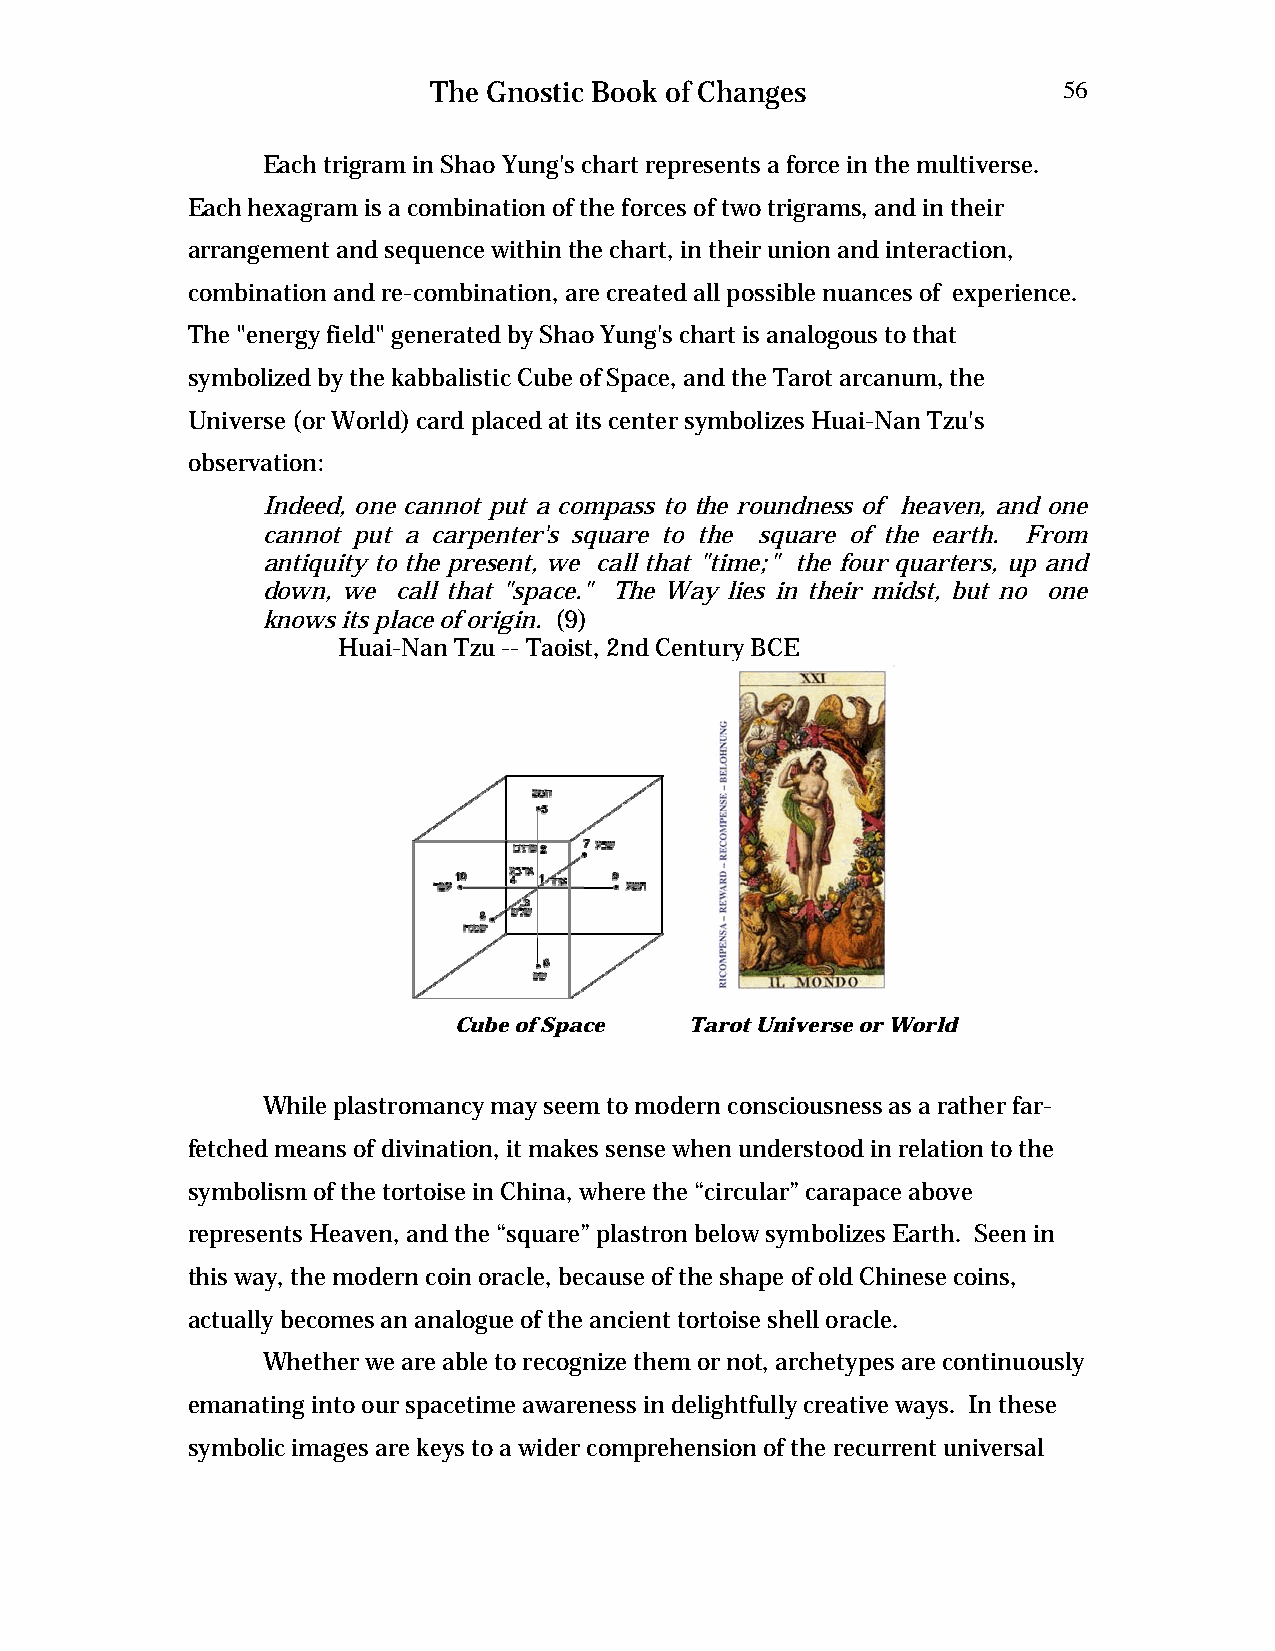
The Gnostic Book of Changes              56
 Each trigram in Shao Yung's chart represents a force in the multiverse.
 Each hexagram is a combination of the forces of two trigrams, and in their
 arrangement and sequence within the chart, in their union and interaction,
 combination and re-combination, are created all possible nuances of experience.
 The "energy field" generated by Shao Yung's chart is analogous to that
 symbolized by the kabbalistic Cube of Space, and the Tarot arcanum, the
 Universe (or World) card placed at its center symbolizes Huai-Nan Tzu's
 observation:
 Indeed, one cannot put a compass to the roundness of heaven, and one
 cannot put a carpenter's square to the square of the earth. From
 antiquity to the present, we call that "time;" the four quarters, up and
 down, we call that "space." The Way lies in their midst, but no one
 knows its place of origin. (9)
 Huai-Nan Tzu -- Taoist, 2nd Century BCE
 Cube of Space   Tarot Universe or World
 While plastromancy may seem to modern consciousness as a rather far-
 fetched means of divination, it makes sense when understood in relation to the
 symbolism of the tortoise in China, where the “circular” carapace above
 represents Heaven, and the “square” plastron below symbolizes Earth. Seen in
 this way, the modern coin oracle, because of the shape of old Chinese coins,
 actually becomes an analogue of the ancient tortoise shell oracle.
 Whether we are able to recognize them or not, archetypes are continuously
 emanating into our spacetime awareness in delightfully creative ways. In these
 symbolic images are keys to a wider comprehension of the recurrent universal